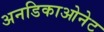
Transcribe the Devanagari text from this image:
अनडिकाओनेट